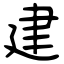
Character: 建